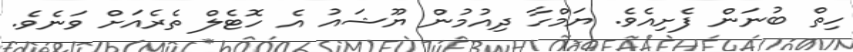
ހިތް ބުނަން ފެށިއެވެ. ޔަމްހާ ދިއުމުން ޔޫޝައު އެ ހޮޓެލް ތެރެއަށް ވަނެވެ.